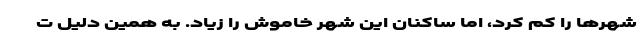
شهرها را کم کرد، اما ساکنان این شهر خاموش را زیاد. به همین دلیل ت